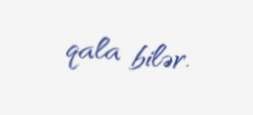
qala bilər.